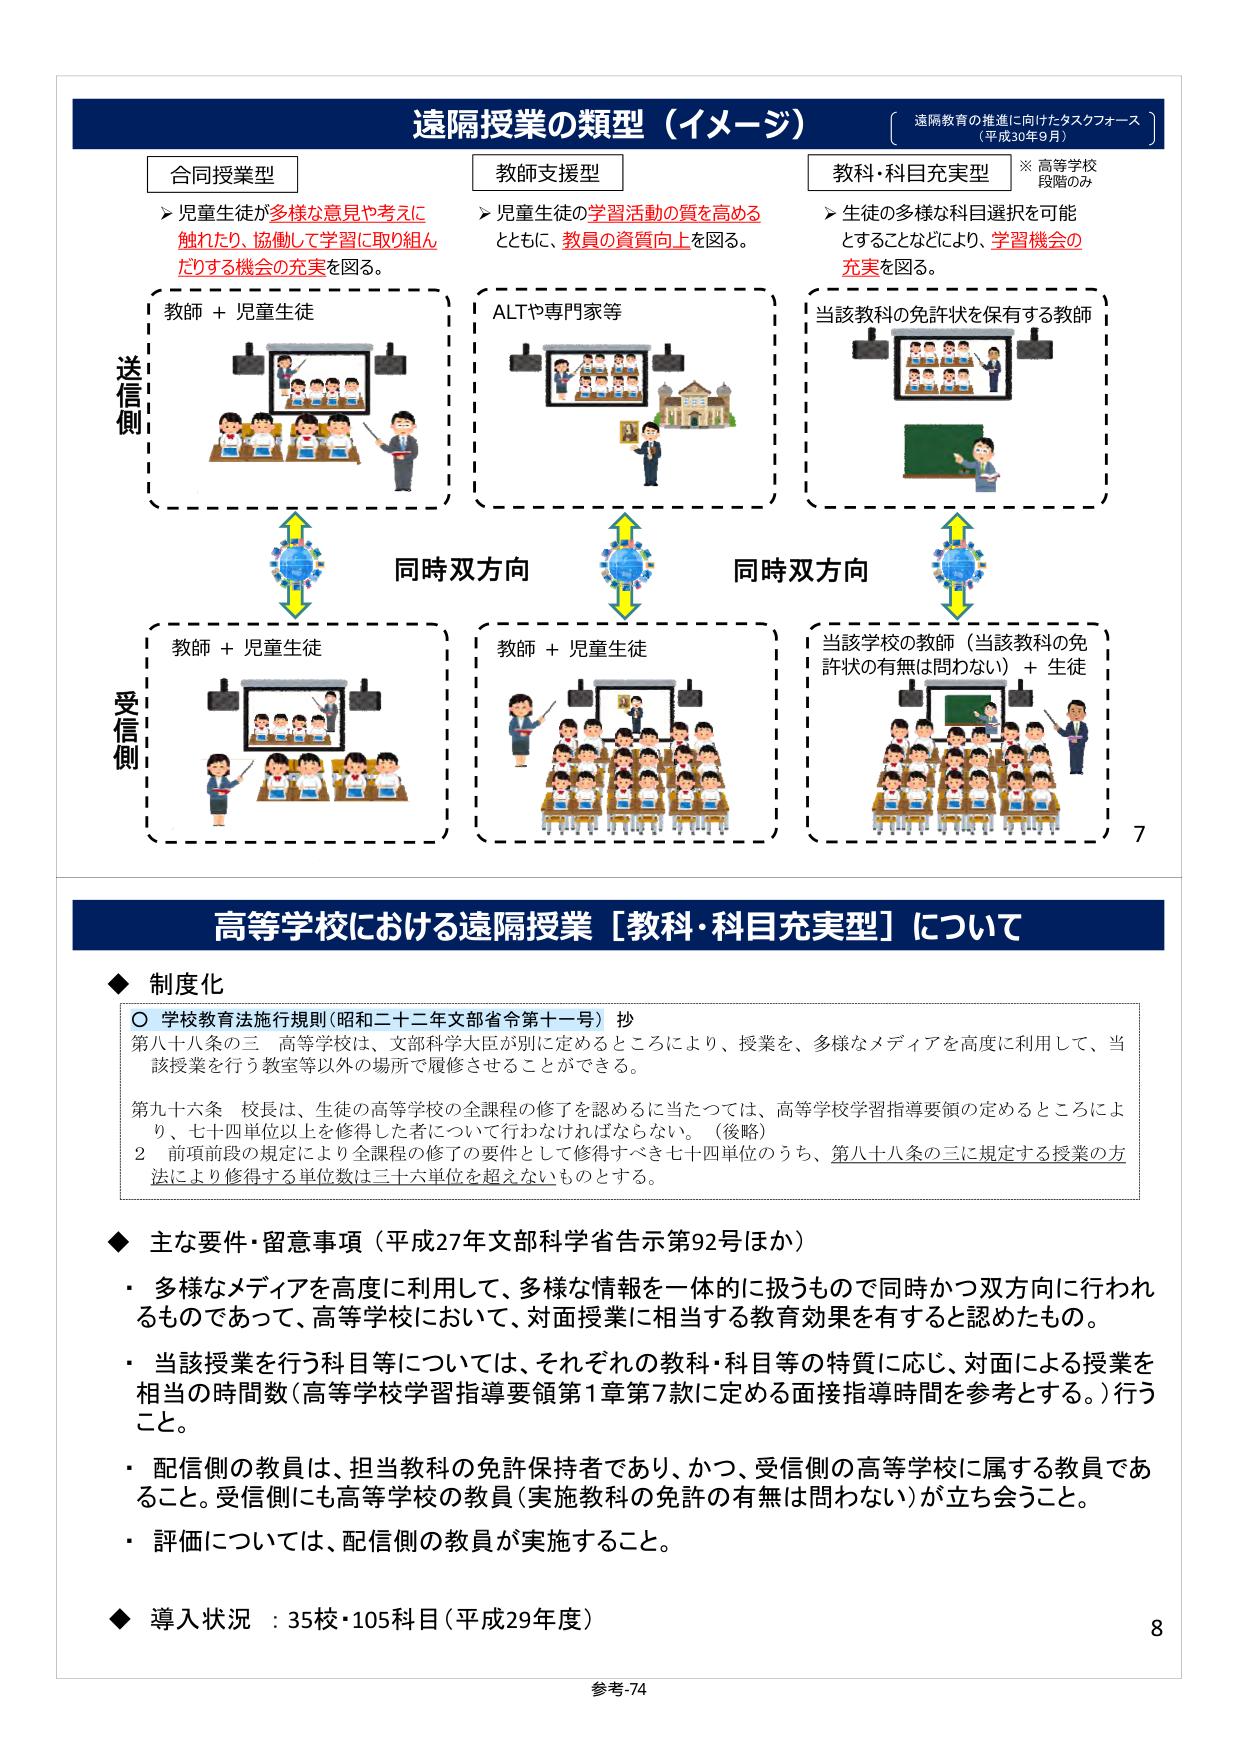
遠隔授業の類型（イメージ）
〔遠隔教育の推進に向けたタスクフォース（平成30年9月）〕

合同授業型
➤ 児童生徒が多様な意見や考えに触れたり、協働して学習に取り組んだりする機会の充実を図る。

教師支援型
➤ 児童生徒の学習活動の質を高めるとともに、教員の資質向上を図る。

教科・科目充実型
※高等学校段階のみ
➤ 生徒の多様な科目選択を可能とすることなどにより、学習機会の充実を図る。

送信側
教師＋児童生徒
ALTや専門家等
当該教科の免許状を保有する教師

同時双方向
同時双方向

受信側
教師＋児童生徒
教師＋児童生徒
当該学校の教師（当該教科の免許状の有無は問わない）＋生徒

7

高等学校における遠隔授業［教科・科目充実型］について

◆ 制度化
○ 学校教育法施行規則（昭和二十二年文部省令第十一号）抄
第八十八条の三 高等学校は、文部科学大臣が別に定めるところにより、授業を、多様なメディアを高度に利用して、当該授業を行う教室等以外の場所で履修させることができる。
第九十六条 校長は、生徒の高等学校の全課程の修了を認めるに当たっては、高等学校学習指導要領の定めるところにより、七十四単位以上を修得した者について行わなければならない。（後略）
２ 前項前段の規定により全課程の修了の要件として修得すべき七十四単位のうち、第八十八条の三に規定する授業の方法により修得する単位数は三十六単位を超えないものとする。

◆ 主な要件・留意事項（平成27年文部科学省告示第92号ほか）
・ 多様なメディアを高度に利用して、多様な情報を一体的に扱うもので同時かつ双方向に行われるものであって、高等学校において、対面授業に相当する教育効果を有すると認めたもの。
・ 当該授業を行う科目等については、それぞれの教科・科目等の特質に応じ、対面による授業を相当の時間数（高等学校学習指導要領第1章第7款に定める直接指導時間を参考とする。）行うこと。
・ 配信側の教員は、担当教科の免許保持者であり、かつ、受信側の高等学校に属する教員であること。受信側にも高等学校の教員（実施教科の免許の有無は問わない）が立ち会うこと。
・ 評価については、配信側の教員が実施すること。

◆ 導入状況 ：35校・105科目（平成29年度）

8
参考-74